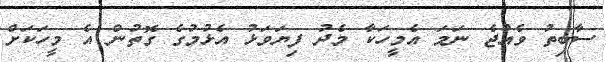
ސާބިތު ވެއްޖެ ނަމަ އެމީހަކާ މެދު ފިޔަވަޅު އެޅުމުގެ ގޮތުން އެ މީހަކަށް